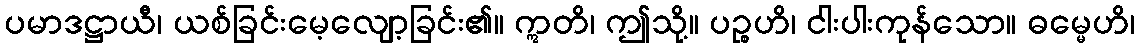
ပမာဒဋ္ဌာယီ၊ ယစ်ခြင်းမေ့လျော့ခြင်း၏။ ဣတိ၊ ဤသို့။ ပဉ္စဟိ၊ ငါးပါးကုန်သော။ ဓမ္မေဟိ၊